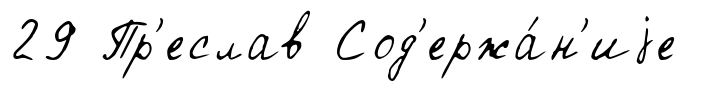
29 Пр'еслав Сод'ержа́н'иjе